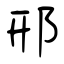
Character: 邢